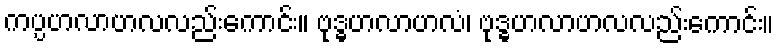
ကပ္ပဟလာဟလလည်းကောင်း။ ဗုဒ္ဓဟလာဟလံ၊ ဗုဒ္ဓဟလာဟလလည်းကောင်း။